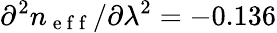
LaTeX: \partial^{2}n_{\mathrm{~e~f~f~}}/\partial\lambda^{2}=-0.136